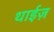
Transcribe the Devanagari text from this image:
थाईज़